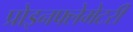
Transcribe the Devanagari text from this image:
प्रोइनफ्लेमेटरी